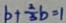
b + \frac { 2 } { 3 } b = 1